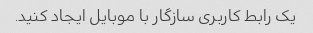
یک رابط کاربری سازگار با موبایل ایجاد کنید.